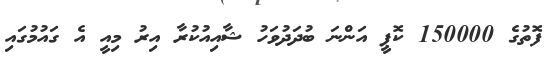
ފޮތުގެ 150000 ކޮޕީ އަންނަ ބުދަދުވަހު ޝާއިއުކުރާ އިރު މިއީ އެ ގައުމުގައި